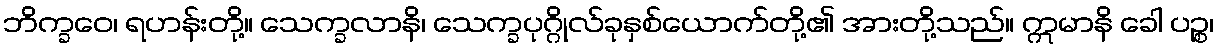
ဘိက္ခဝေ၊ ရဟန်းတို့။ သေက္ခလာနိ၊ သေက္ခပုဂ္ဂိုလ်ခုနှစ်ယောက်တို့၏ အားတို့သည်။ ဣမာနိ ခေါ ပဉ္စ၊